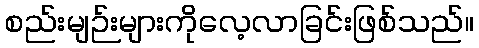
စည်းမျဉ်းများကိုလေ့လာခြင်းဖြစ်သည်။